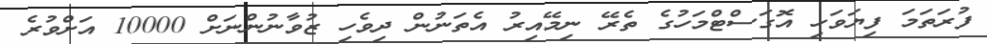
ފުރަތަަމަ ފިޔަވަހި އޮގަސްޓްމަހުގެ ތެރޭ ނިމޭއިރު އެތަނުން ދިވެހި ޒުވާނުންނަށް 10000 އަށްވުރެ